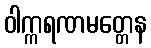
ဝါက္ကရဏမတ္တေန